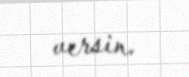
versin.